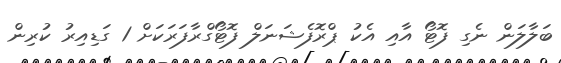
ބަލާލަން ނެގި ފޮޓޯ އާއި އެކު ޕްރޮފެޝަނަލް ފޮޓޯގްރާފަރަކަށް 1 ގަޑިއިރު ކުރިން